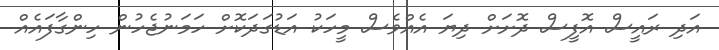
އަދި ރައީސް އޮފީސް ދޮށަށް ދިޔަ އެއްވެސް މީހަކު އަޑުގަދަކޮށް ހަމަނުޖެހުން ހިންގާފައެއް